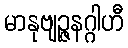
မာနုဗျဉ္ဇနဂ္ဂါဟီ